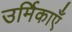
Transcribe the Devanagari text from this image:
उर्मिकाएँ